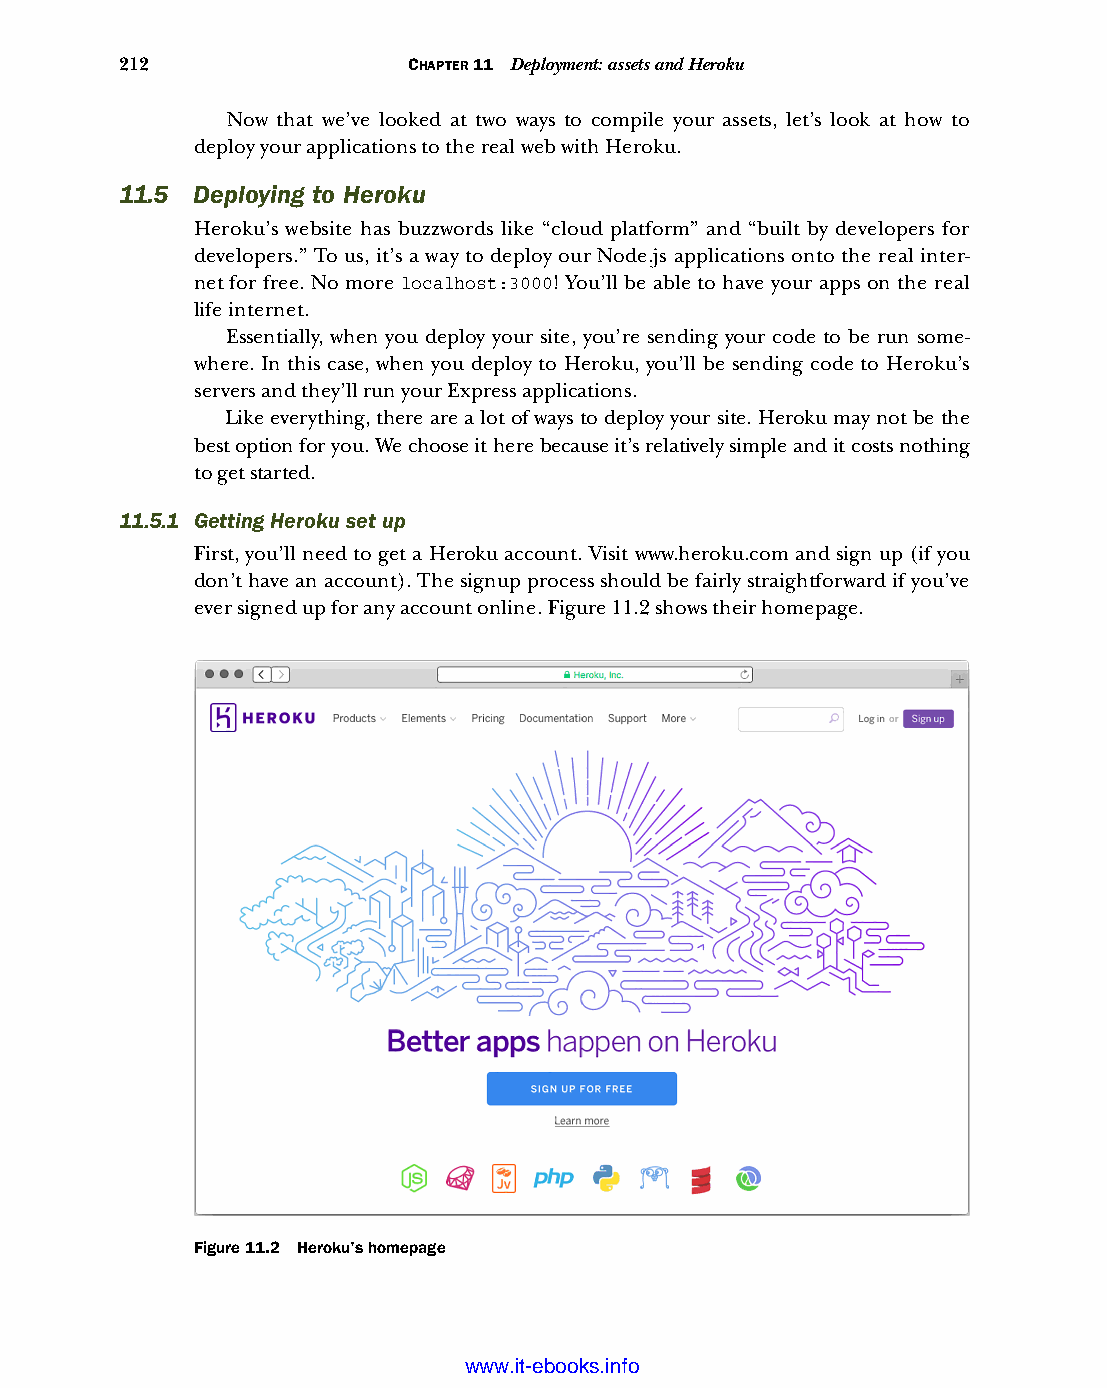
212                CHAPTER 11 Deployment: assets and Heroku
 Now that we’ve looked at two ways to compile your assets, let’s look at how to
 deploy your applications to the real web with Heroku.
 11.5 Deploying to Heroku
 Heroku’s website has buzzwords like “cloud platform” and “built by developers for
 developers.” To us, it’s a way to deploy our Node.js applications onto the real inter-
 net for free. No more localhost:3000! You’ll be able to have your apps on the real
 life internet.
 Essentially, when you deploy your site, you’re sending your code to be run some-
 where. In this case, when you deploy to Heroku, you’ll be sending code to Heroku’s
 servers and they’ll run your Express applications.
 Like everything, there are a lot of ways to deploy your site. Heroku may not be the
 best option for you. We choose it here because it’s relatively simple and it costs nothing
 to get started.
 11.5.1 Getting Heroku set up
 First, you’ll need to get a Heroku account. Visit www.heroku.com and sign up (if you
 don’t have an account). The signup process should be fairly straightforward if you’ve
 ever signed up for any account online. Figure 11.2 shows their homepage.
 Figure 11.2 Heroku’s homepage
 Licensed wtow w <.mit-ielebro.8o8k8s@.ingfomail.com>